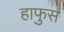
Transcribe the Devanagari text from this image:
हाफुस